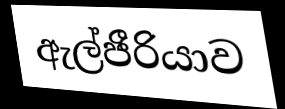
ඇල්ජීරියාව